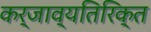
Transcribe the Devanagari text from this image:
कर्जाव्यतिरिक्त